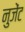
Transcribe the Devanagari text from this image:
नुजेंट